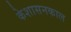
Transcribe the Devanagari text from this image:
केशासनकाल